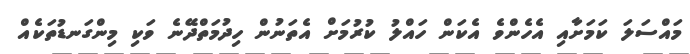
މައްސަލަ ކަމަށާއި އެެހެންވެ އެކަން ހައްލު ކުރުމަށް އެތަނުން ހިދުމަތްދޭނެ ވަކި މިންގަނޑުތަކެއް